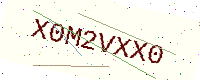
Text: X0M2VXX0